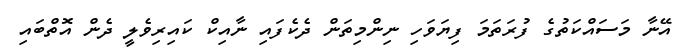
އޭނާ މަސައްކަތުގެ ފުރަތަމަ ފިޔަވަހި ނިންމިތަން ދެކެފައި ނާއިކް ކައިރިވެލީ ދެން އޮތްބައި